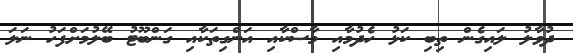
ދުވާލު ލައިގެން ތިބި ކަޅު ހެދުމާއި މާސްކާއި އަންގިތަކާއި ގަންބޫޓު ބޭލުމަށްފަހު ނަލަ